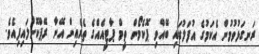
ރަނގަޅުވުމުން އެކަމުގެ އުފަލުގައި ބޭއްވި ޕޮކެމޯން ތީމް ޕާޓީއެއްގެ ތެރެއިން އޭނާ ރޭޕްކޮށްލައިފިއެވެ.